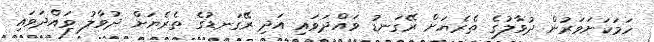
ހަމަކަށަވަރުން ދުވާލުގެ ތެރެޔަށް ރޭގަނޑު ވައްދަވައި އަދި ރޭގަނޑުގެ ތެރެޔަށް ދުވާލު ވައްދަވައި